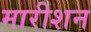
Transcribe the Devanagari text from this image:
मारीशन